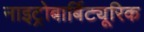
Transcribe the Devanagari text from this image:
नाइट्रोबार्बिट्यूरिक